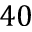
4 0